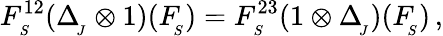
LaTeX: F_{_{S}}^{12}(\Delta_{_{\! J}}^{}\otimes 1)(F_{_{\! S}}^{})=F_{_{S}}^{23}(1\otimes\Delta_{_{\! J}}^{})(F_{_{\! S}}^{})\, ,